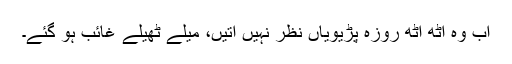
اب وہ آٹھ آٹھ روزہ پڑیویاں نظر نہیں آتیں، میلے ٹھیلے غائب ہو گئے۔